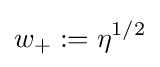
w_{+}:=\eta ^{1/2}